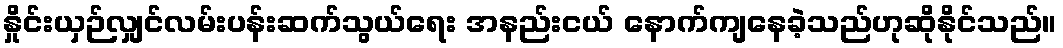
နှိုင်းယှဉ်လျှင်လမ်းပန်းဆက်သွယ်ရေး အနည်းငယ် နောက်ကျနေခဲ့သည်ဟုဆိုနိုင်သည်။